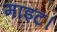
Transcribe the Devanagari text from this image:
माइट।